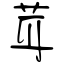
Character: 茸